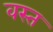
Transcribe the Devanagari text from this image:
वस्त